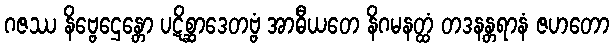
ဂဇဿ နိဗ္ဗေဌေန္တော ပဋိစ္ဆာဒေတဗ္ဗံ အာဓီယတေ နိဂမနတ္ထံ တဒနန္တရာနံ ဇဟတော